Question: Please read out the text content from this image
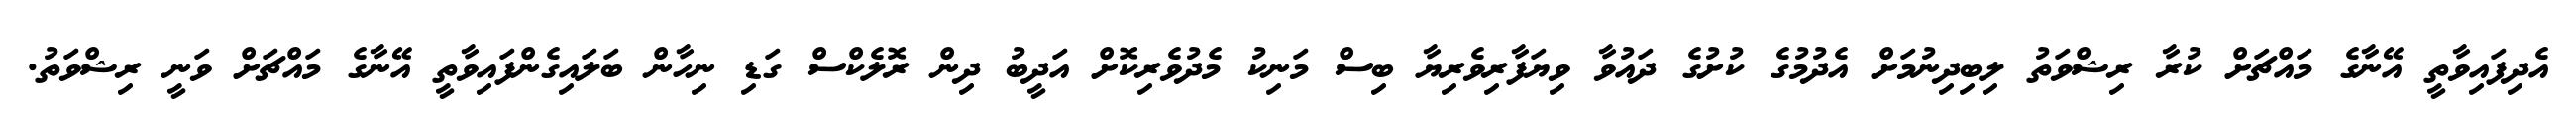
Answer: އެދިފައިވާތީ އޭނާގެ މައްޗަށް ކުރާ ރިޝްވަތު ލިބިދިނުމަށް އެދުމުގެ ކުށުގެ ދައުވާ ވިޔަފާރިވެރިޔާ ބިސް މަނިކު މެދުވެރިކޮށް އަދީބު ދިން ރޮލެކްސް ގަޑި ނިހާން ބަލައިގެންފައިވާތީ އޭނާގެ މައްޗަށް ވަނީ ރިޝްވަތު.